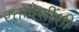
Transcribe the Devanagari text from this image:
रक्तपेशींशी